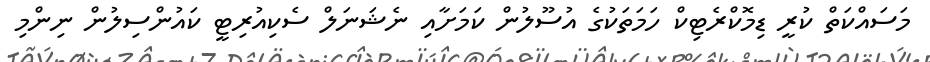
މަސައްކަތް ކުރީ ޑިމޮކްރެޓިކް ހަމަތަކުގެ އުސޫލުން ކަމަށާއި ނެޝަނަލް ސެކިއުރިޓީ ކައުންސިލުން ނިންމި